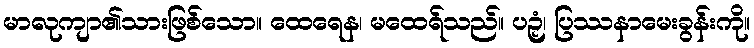
မာလုကျာ၏သားဖြစ်သော။ ထေရေန၊ မထေရ်သည်။ ပဉှံ၊ ပြဿနာမေးခွန်းကို။